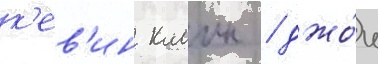
к'ев'ин клаин / джо́ш